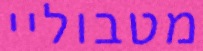
מטבוליי